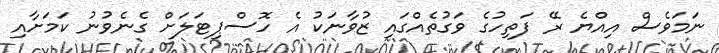
ނަމަވެސް އިއްޔެ ރޭ ފަތިހުގެ ވަގުތެއްގައި ޒުވާނަކު އެ ހޮސްޕިޓަލަށް ގެނެވުނު ކަމަށާއި